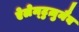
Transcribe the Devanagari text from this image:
ऐलेम्टुज़ुमैब